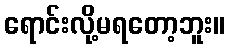
ရောင်းလို့မရတော့ဘူး။